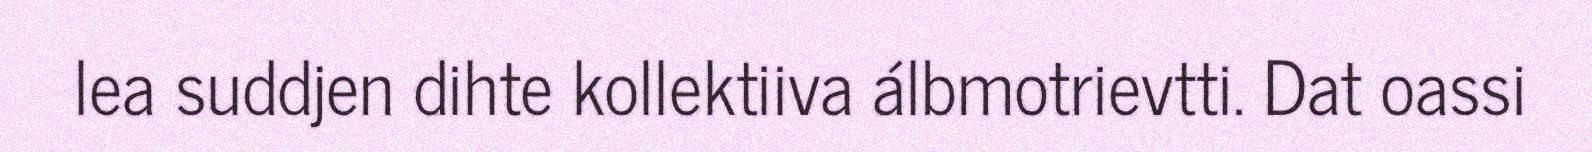
lea suddjen dihte kollektiiva álbmotrievtti. Dat oassi